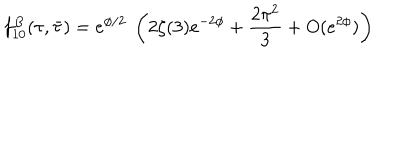
LaTeX: f _ { 1 0 } ^ { B } ( \tau , \bar { \tau } ) = e ^ { \phi / 2 } ~ \left( 2 \zeta ( 3 ) e ^ { - 2 \phi } + \frac { 2 \pi ^ { 2 } } { 3 } + O ( e ^ { 2 \phi } ) \right)